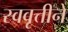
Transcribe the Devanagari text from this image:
स्ववृत्तीने